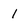
Character: 1